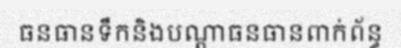
ធនធានទឹកនិងបណ្តាធនធានពាក់ព័ន្ធ